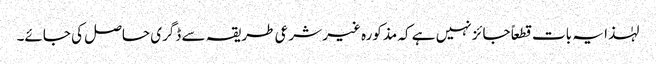
لہٰذا یہ بات قطعاً جائز نہیں ہے کہ مذکورہ غیر شرعی طریقہ سے ڈگری حاصل کی جائے۔